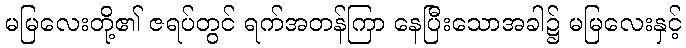
မမြလေးတို့၏ ဇရပ်တွင် ရက်အတန်ကြာ နေပြီးသောအခါ၌ မမြလေးနှင့်